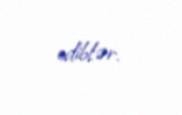
ediblər.